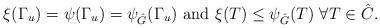
LaTeX: \begin{align*}\xi(\Gamma_{u}) = \psi(\Gamma_u) = \psi_{\hat G}(\Gamma_{u}) \mbox{ and } \xi(T) \leq \psi_{\hat G}(T) \ \forall T\in \hat C.\end{align*}